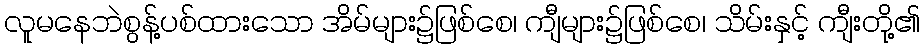
လူမနေဘဲစွန့်ပစ်ထားသော အိမ်များ၌ဖြစ်စေ၊ ကျီများ၌ဖြစ်စေ၊ သိမ်းနှင့် ကျီးတို့၏